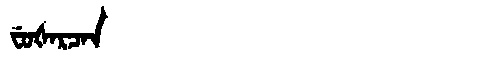
Manchu: ᠸᡠᡧᠠᡵᠴᠠᠨ
Romanization: FUŠARCAN